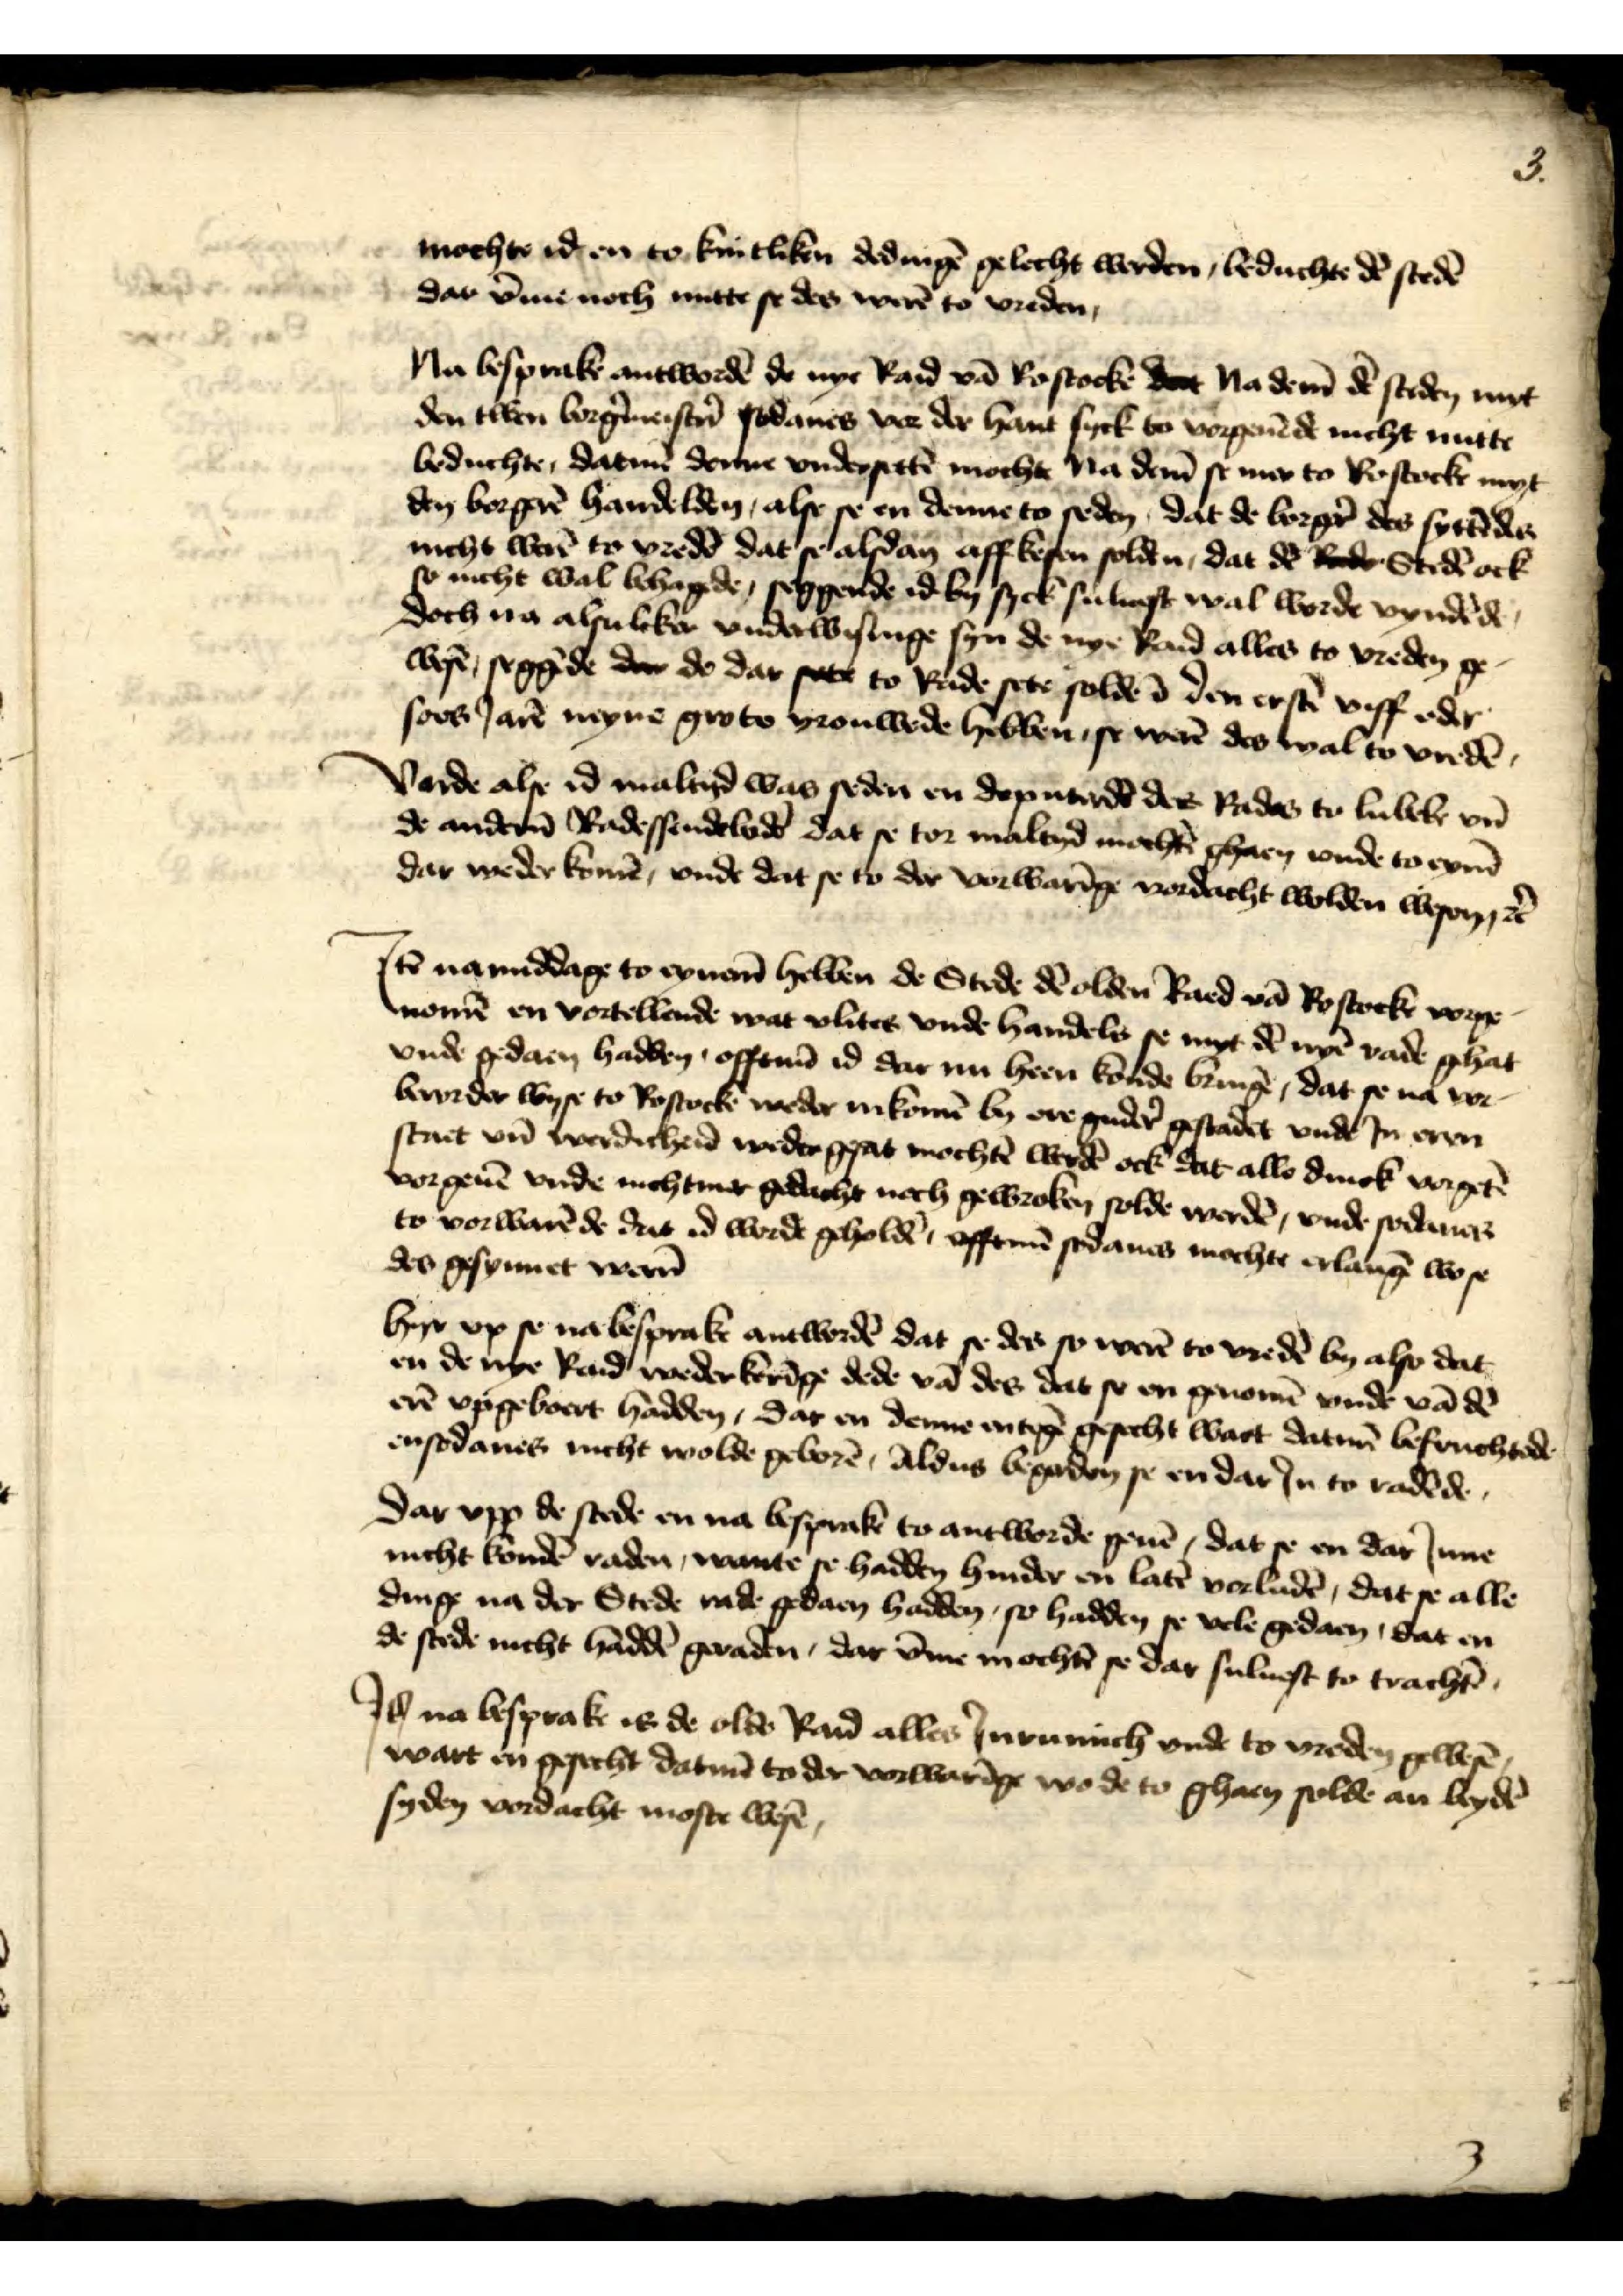
3

mochte id en to kuntliken dedingē gelecht werden, beduchte dē stedē
dar v̄me noch nutte se des werē to vreden

Na besprake antwordē de nye Rad vā Rostockē dat na dem̄ dē steden myt
den twen borg̉meister̄ sodanes vor der hant syck to vorgeuēde nicht nutte
beduchte, datmē denne vndersettē mochte Na dem̄ se mer to Rostocke myt
den borgerē handelden, alse se en denne to seden, dat de borger̉ des syttēdes
nicht werē to vredē dat se alsdan affkesen solden, dat dē Rede Stedē ock
so nicht wal behagede, seggende id by sick suluest wal worde nyndēde
doch na alsuliker vnderwisinge syn de nye Rad alles to vreden ge¬
wesē, seggēde dar de dar soc to Rade sete solde ī den erstē viff eder
soes Jarē neyne grote vrouwede hebben, se werē des wal to vredē

Verde alse id maltyd was seden en deputerdē des Rades to Lubeke vn̄
de ander̉n Radessendebodē dat se tor maltyd mochtē ghaen vnde to eynē 
dar weder komē, vnde dat se to der vorwarīge vordacht wolden wesen, et̉

Jꝷ na middage to eynen hebben de Stde dē oldē Raed vā Rostock vorge¬
nomē en vortellende wat vlites vnde handels se myt dē nyē rade ghat
vnde gedaen hadden, offtnid id dar nu heen konde bringē, dat se na vor¬
beorder wyse to Rostocke weder inkomē by ere guder̉ gestadet vnde Jn eren
staet vn̄ werdicheid weder gesat mochtē werdē ock dat alle dinck vorgetē
vorgeuē vnde nichtmer gedacht noch gewroken solde werdē, vnde sodanes
to vorwarē de dat id werde geholdē, offtenū sodanes mochte erlangē wo se
des gesynnet werē

Hyr vp se na besprake antwordē dat se des so werē to vredē by also dat
en de nye Rad weder kerīge dede vā des dat se ere geromē vnde vā dē
erē vpgeboert hadden, dar en denne entegē gesocht wat datmē befruchtede
ensodanes nicht wolde geborē, Aldus begerden se en dar Jn to radēde

Dar vpp de stede en na besprake to antworde geuē, dat se en dar Jnne
nicht kondē raden, wante se hadden hinder en latē vorludē, dat se alle
dinge na der Stede na de gedaen hadden, so hadden se vele gedaen, dat en
de stede nicht haddē geraden, dar v̄me mochtē se dar suluest to trachtē

Jꝷ na besprake is de olde Raid alles Jnrumich vnde to vreden gewesē
wart en gesecht datmē to der vorwarīge wo de to ghaen solde an beydē
syden vordacht moste wesē